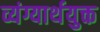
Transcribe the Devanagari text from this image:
व्यंग्यार्थयुक्त